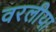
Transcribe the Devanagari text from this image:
वरलीया